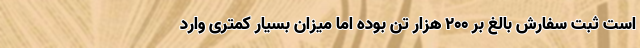
است ثبت سفارش بالغ بر ۲۰۰ هزار تن بوده اما میزان بسیار کمتری وارد